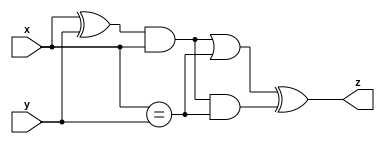
module top_module (input x, input y, output z);

    wire IA,IB;
    assign IA = (x^y)&x;
    assign IB = (x==y);
    assign z = (IA|IB)^(IA&IB);
endmodule